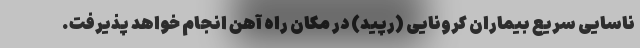
ناسایی سریع بیماران کرونایی (رپید) در مکان راه آهن انجام خواهد پذیرفت.